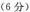
(6分)